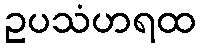
ဥပသံဟရထ